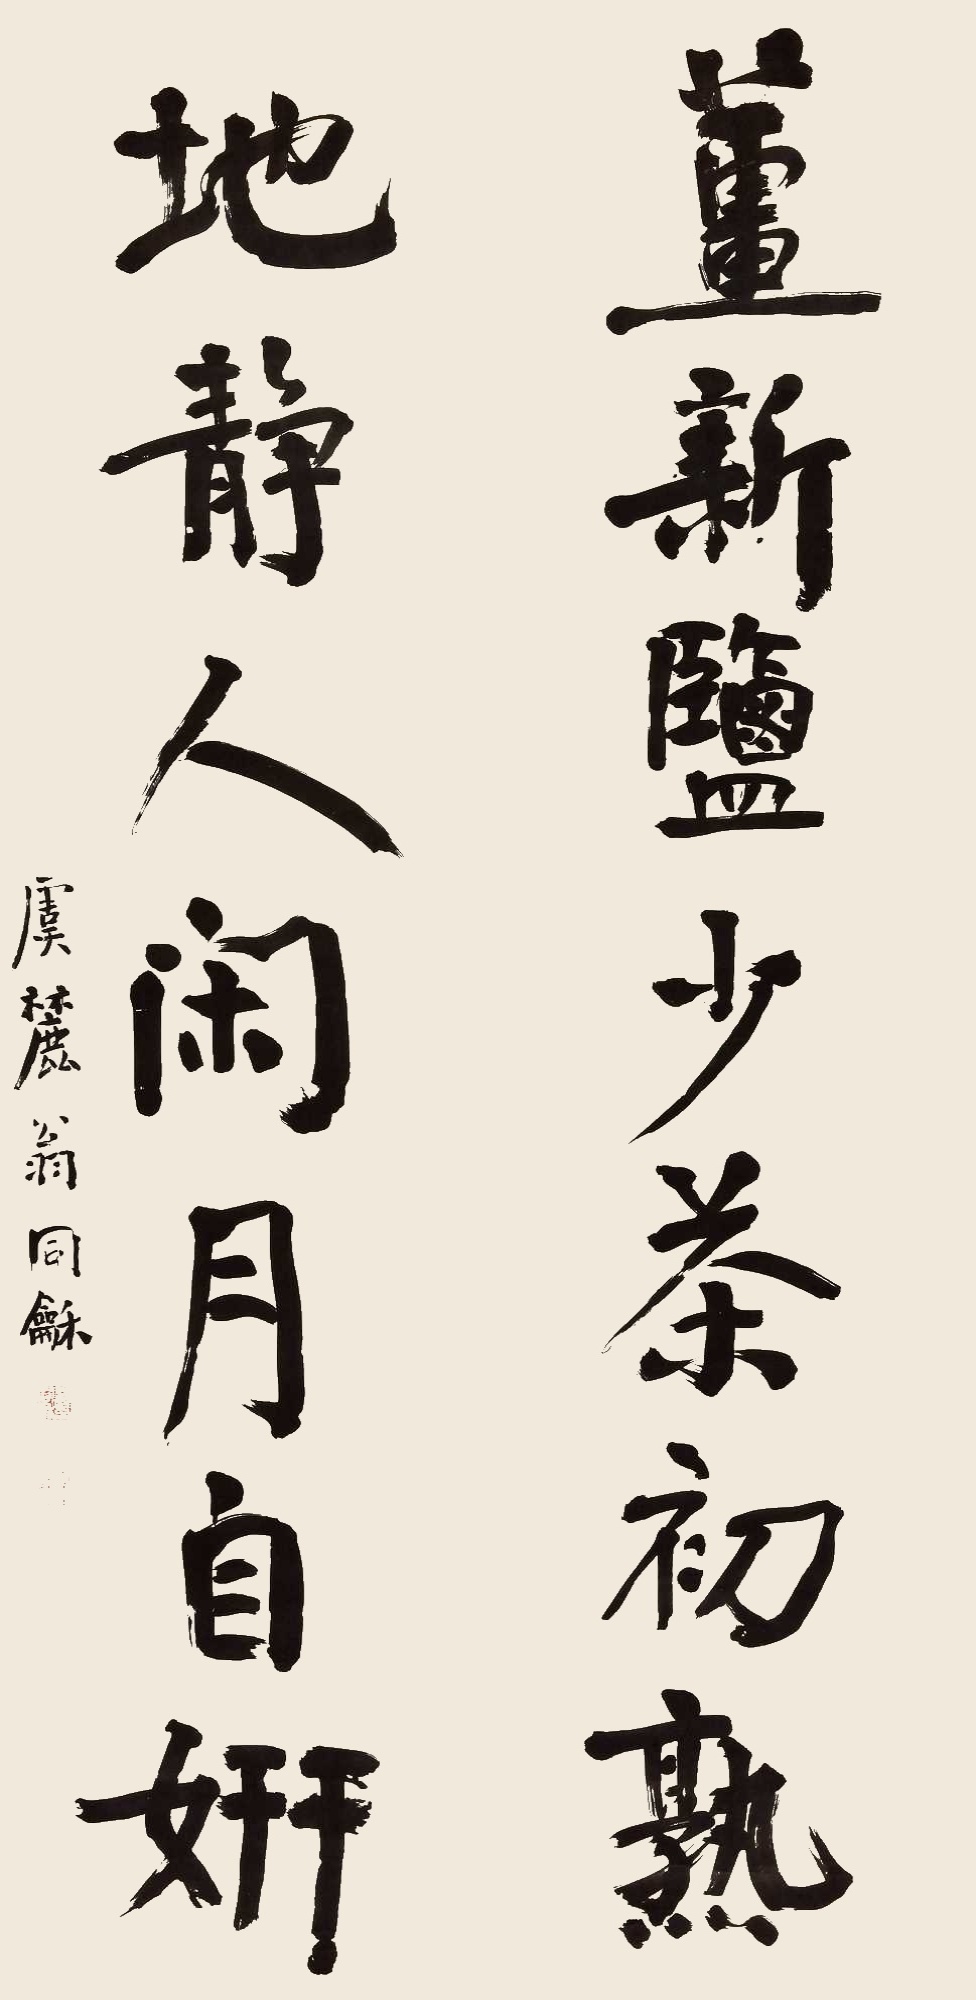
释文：姜新盐少茶初熟，地静人闲月自妍。虞麓翁同龢。